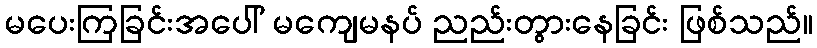
မပေးကြခြင်းအပေါ် မကျေမနပ် ညည်းတွားနေခြင်း ဖြစ်သည်။